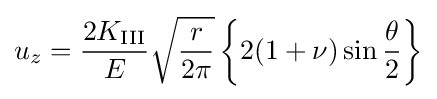
u_{z}={\frac {2K_{\rm {III}}}{E}}{\sqrt {\frac {r}{2\pi }}}\left\{2(1+\nu )\sin {\frac {\theta }{2}}\right\}